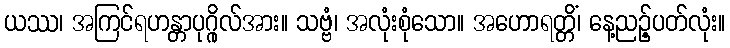
ယဿ၊ အကြင်ရဟန္တာပုဂ္ဂိုလ်အား။ သဗ္ဗံ၊ အလုံးစုံသော။ အဟောရတ္တိံ၊ နေ့ညဉ့်ပတ်လုံး။